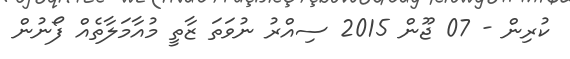
ކުރިން - 07 ޖޫން 2015 ސިއްރު ނުވަތަ ޒާތީ މުއާމަލާތެއް ފޯނުން